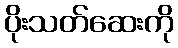
ပိုးသတ်ဆေးကို